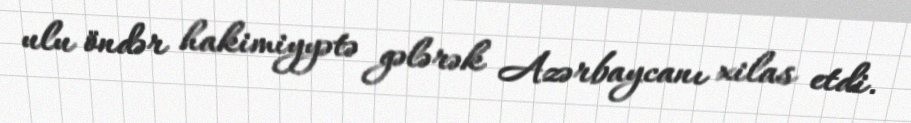
ulu öndər hakimiyyətə gələrək Azərbaycanı xilas etdi.